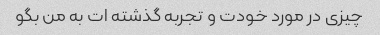
چیزی در مورد خودت و تجربه گذشته ات به من بگو